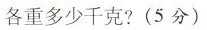
各重多少千克?(5分)